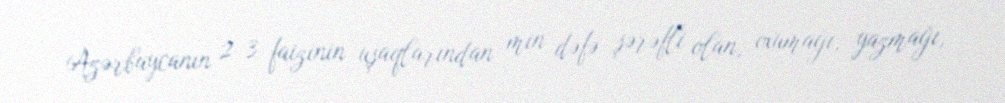
Azərbaycanın 2-3 faizinin uşaqlarından min dəfə şərəfli olan, oxumağı, yazmağı,